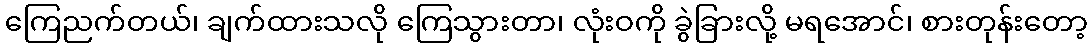
ကြေညက်တယ်၊ ချက်ထားသလို ကြေသွားတာ၊ လုံးဝကို ခွဲခြားလို့ မရအောင်၊ စားတုန်းတော့